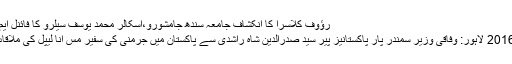
رؤوف کلاسرا کا انکشاف جامعہ سندھ جامشورو،اسکالر محمد یوسف سیلرو کا فائنل ایم فل سیمینار پیرکو ہوگا
جمعرات 14 جنوری 2016 لاہور: وفاقی وزیر سمندر پار پاکستانیز پیر سید صدرالدین شاہ راشدی سے پاکستان میں جرمنی کی سفیر مس انا لیپل کی ملاقات کے بعد گروپ فوٹو۔